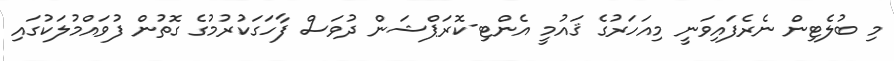
މި ބުލެޓިން ނެރެފައިވަނީ މިއަހަރުގެ ޤައުމީ އެންޓި-ކޮރަޕްޝަން ދުވަސް ފާހަގަކުރުމުގެ ގޮތުން ފުވައްމުލަކުގައި